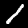
Label: 1